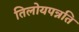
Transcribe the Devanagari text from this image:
तिलोयपन्नति